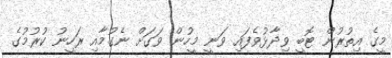
މީގެ އިތުރުން ޓޮބީ ވިދާޅުވެފައި ވަނީ މީހުން ވަގަށް ނެގުމާއި ރަހީނު ކުރުމުގެ